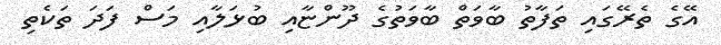
އޭގެ ތެރޭގައި ތަފާތު ބާވަތް ބާވަތުގެ ދޫންޏާއި ބުޅަލާއި މަސް ފަދަ ތަކެތި